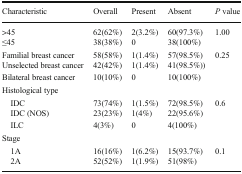
<table><thead><tr><td><b>Characteristic</b></td><td><b>Overall</b></td><td><b>Present</b></td><td><b>Absent</b></td><td><b><i>P</i> value</b></td></tr></thead><tbody><tr><td>&gt;45</td><td>62(62%)</td><td>2(3.2%)</td><td>60(97.3%)</td><td rowspan="2">1.00</td></tr><tr><td>≤45</td><td>38(38%)</td><td>0</td><td>38(100%)</td></tr><tr><td>Familial breast cancer</td><td>58(58%)</td><td>1(1.4%)</td><td>57(98.5%)</td><td rowspan="2">0.25</td></tr><tr><td>Unselected breast cancer</td><td>42(42%)</td><td>1(1.4%)</td><td>41(98.5%))</td></tr><tr><td>Bilateral breast cancer</td><td>10(10%)</td><td>0</td><td>10(100%)</td><td></td></tr><tr><td colspan="5">Histological type</td></tr><tr><td> IDC</td><td>73(74%)</td><td>1(1.5%)</td><td>72(98.5%)</td><td rowspan="2">0.6</td></tr><tr><td> IDC (NOS)</td><td>23(23%)</td><td>1(4%)</td><td>22(95.6%)</td></tr><tr><td> ILC</td><td>4(3%)</td><td>0</td><td>4(100%)</td><td></td></tr><tr><td colspan="5">Stage</td></tr><tr><td> 1A</td><td>16(16%)</td><td>1(6.2%)</td><td>15(93.7%)</td><td rowspan="2">0.1</td></tr><tr><td> 2A</td><td>52(52%)</td><td>1(1.9%)</td><td>51(98%)</td></tr></tbody></table>